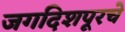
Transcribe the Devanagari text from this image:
जगदिशपूरचे